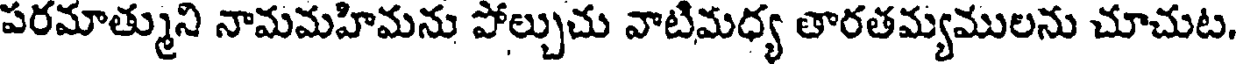
పరమాత్ముని నామమహిమను పోల్చుచు వాటిమధ్య తారతమ్యములను చూచుట.